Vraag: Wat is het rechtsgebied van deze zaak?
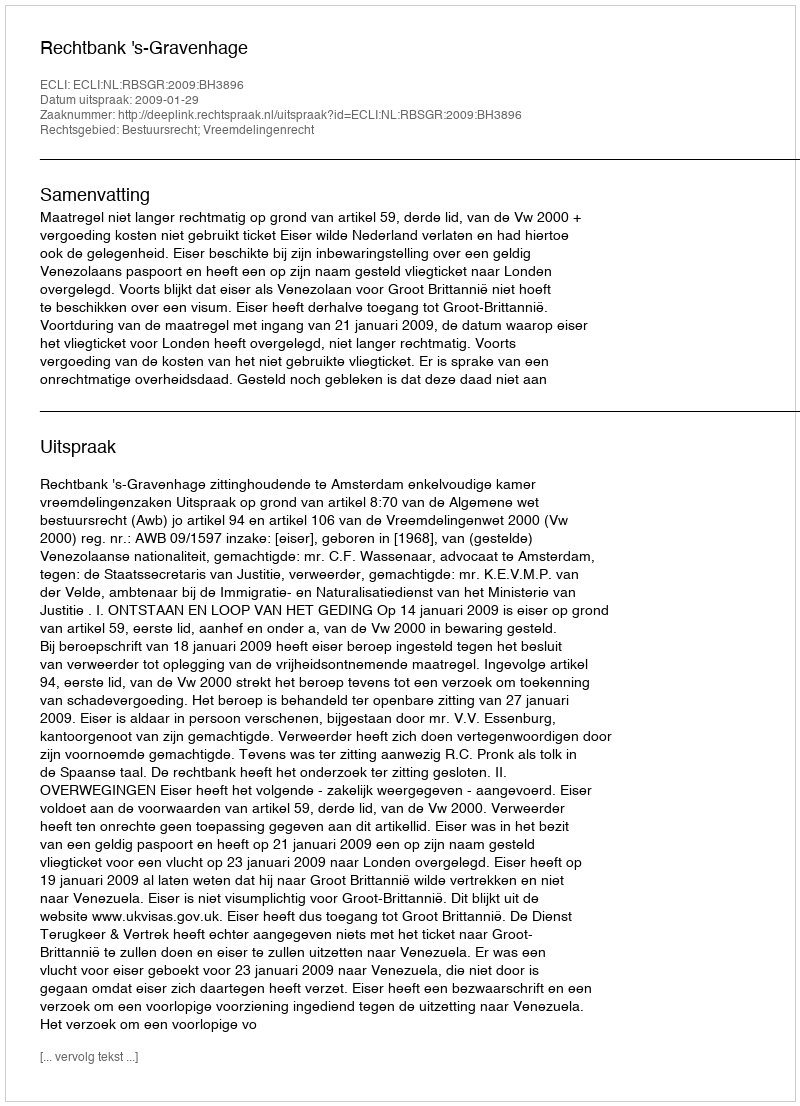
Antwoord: Bestuursrecht; Vreemdelingenrecht